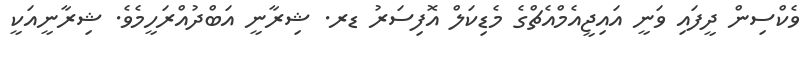
ވެކްސިން ދީފައި ވަނީ އައިޖީއެމްއެޗްގެ މެޑިކަލް އޮފިސަރު ޑރ. ޝިރާނީ އަބްދުއްރަހީމެވެ. ޝިރާނީއަކީ